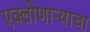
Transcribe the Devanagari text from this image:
एक्लोणार्‍याचा